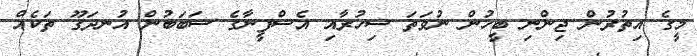
މީގެ އިތުރުން ޖިންނި ބީހުން ނުވަތަ ސިހުރާއި އެސްފީނާގެ ސަބަބުން އުނދަގޫ ތަކެއް